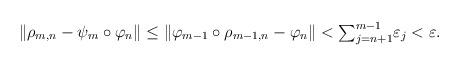
LaTeX: \begin{align*} \|\rho_{m,n}-\psi_m\circ\varphi_n\|&\leq\|\varphi_{m-1}\circ \rho_{m-1,n}-\varphi_n\|<\textstyle{\sum}_{j=n+1}^{m-1}\varepsilon_j<\varepsilon. \end{align*}